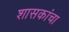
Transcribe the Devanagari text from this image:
शासकांचा